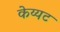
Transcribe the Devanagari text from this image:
केय्यट